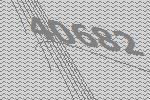
40682